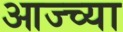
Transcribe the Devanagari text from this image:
आज्च्या